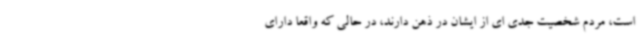
است، مردم شخصیت جدی ای از ایشان در ذهن دارند، در حالی که واقعا دارای